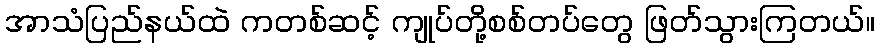
အာသံပြည်နယ်ထဲ ကတစ်ဆင့် ကျုပ်တို့စစ်တပ်တွေ ဖြတ်သွားကြတယ်။